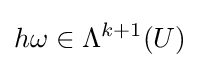
h\omega \in \Lambda ^{k+1}(U)